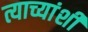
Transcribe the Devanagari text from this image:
त्याच्यांशी